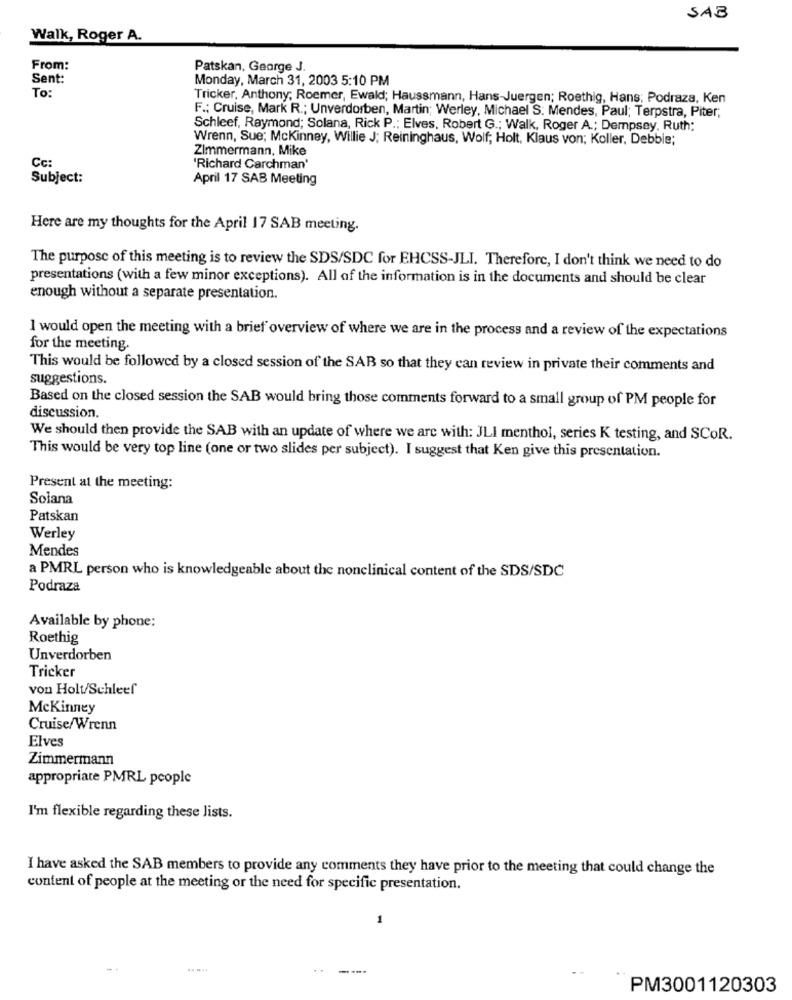
SAB
Walk, Roger A.
From:
Patskan, George J.
Sent:
Monday, March 31, 2003 5:10 PM
To:
Tricker, Anthony; Roemer, Ewald; Haussmann, Hans-Juergen; Roethig, Hans; Podraza, Ken
F .; Cruise, Mark R .; Unverdorben, Martin; Werley, Michael S. Mendes, Paul; Terpstra, Piter;
Schleef, Raymond; Solana, Rick P .; Elves, Robert G .; Walk, Roger A .; Dempsey, Ruth:
Wrenn, Sue; Mckinney, Willie J; Reininghaus, Wolf; Holt, Klaus von; Koller, Debbie;
Zimmermann, Mike
Cc:
'Richard Carchman'
Subject:
April 17 SAB Meeting
Here are my thoughts for the April 17 SAB meeting.
The purpose of this meeting is to review the SDS/SDC for EHCSS-JLI. Therefore, I don't think we need to do
presentations (with a few minor exceptions). All of the information is in the documents and should be clear
enough without a separate presentation.
I would open the meeting with a brief overview of where we are in the process and a review of the expectations
for the meeting.
This would be followed by a closed session of the SAB so that they can review in private their comments and
suggestions.
Based on the closed session the SAB would bring those comments forward to a small group of PM people for
discussion.
We should then provide the SAB with an update of where we are with: JLI menthol, series K testing, and SCOR.
This would be very top line (one or two slides per subject). I suggest that Ken give this presentation.
Present at the meeting:
Solana
Patskan
Werley
Mendes
a PMRL person who is knowledgeable about the nonclinical content of the SDS/SDC
Podraza
Available by phone:
Roethig
Unverdorben
Tricker
von Holt/Schleef
Mckinney
Cruise/Wrenn
Elves
Zimmermann
appropriate PMRL people
I'm flexible regarding these lists.
I have asked the SAB members to provide any comments they have prior to the meeting that could change the
content of people at the meeting or the need for specific presentation.
1
.....
----
PM3001120303